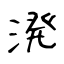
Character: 溌